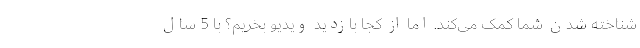
شناخته شدن شما کمک می‌کند. اما از کجا بازدید ویدیو بخریم؟ با 5 سال